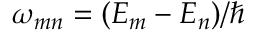
\omega _ { m n } = ( E _ { m } - E _ { n } ) / \hbar